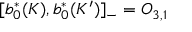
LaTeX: \lbrack b _ { 0 } ^ { \ast } ( K ) , b _ { 0 } ^ { \ast } ( K ^ { \prime } ) ] _ { - } = O _ { 3 , 1 }